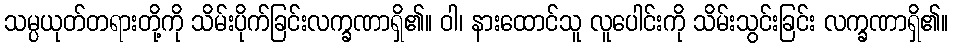
သမ္ပယုတ်တရားတို့ကို သိမ်းပိုက်ခြင်းလက္ခဏာရှိ၏။ ဝါ၊ နားထောင်သူ လူပေါင်းကို သိမ်းသွင်းခြင်း လက္ခဏာရှိ၏။